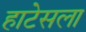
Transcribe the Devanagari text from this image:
हाटेसला